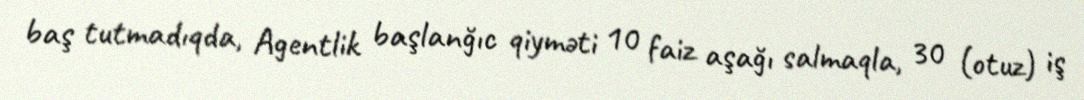
baş tutmadıqda, Agentlik başlanğıc qiyməti 10 faiz aşağı salmaqla, 30 (otuz) iş